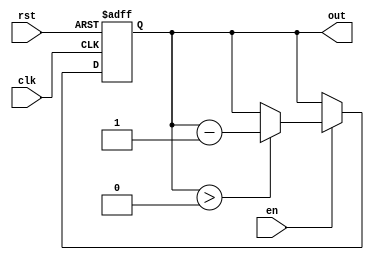
module down_counter_moore (
    input wire clk,        // Clock signal
    input wire rst,        // Asynchronous reset signal
    input wire en,         // Enable signal
    output reg [2:0] out   // Count output (3 bits for counting down from 7)
);

    // Define the initial count value
    parameter INITIAL_COUNT = 3'b111; // 7 in binary

    // State register
    reg [2:0] current_state;

    // Sequential logic for state transitions
    always @(posedge clk or posedge rst) begin
        if (rst) begin
            // Asynchronous reset to initial state
            current_state <= INITIAL_COUNT;
        end else if (en) begin
            // Count down if enabled
            if (current_state > 3'b000) begin
                current_state <= current_state - 1;
            end
            // If current_state is 0, it remains at 0
        end
    end

    // Output logic (Moore output)
    always @(current_state) begin
        out <= current_state;
    end

endmodule